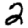
Digit: 2